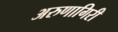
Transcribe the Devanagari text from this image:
अरुणागिरी